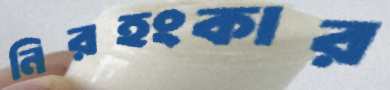
নিরহংকার